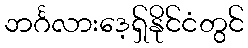
ဘင်္ဂလားဒေ့ရှ်နိုင်ငံတွင်